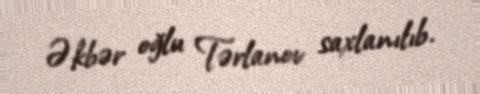
Əkbər oğlu Tərlanov saxlanılıb.